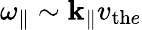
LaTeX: {\omega_{\parallel}}\sim\mathbf{k}_{\parallel}v_{\mathrm{{th}}e}